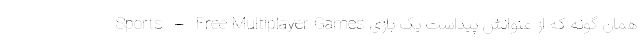
Sports – Free Multiplayer Games همان گونه که از عنوانش پیداست یک بازی